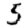
Digit: 5